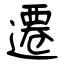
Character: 遷